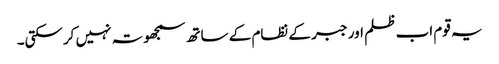
یہ قوم اب ظلم اور جبر کے نظام کے ساتھ سمجھوتہ نہیں کرسکتی۔